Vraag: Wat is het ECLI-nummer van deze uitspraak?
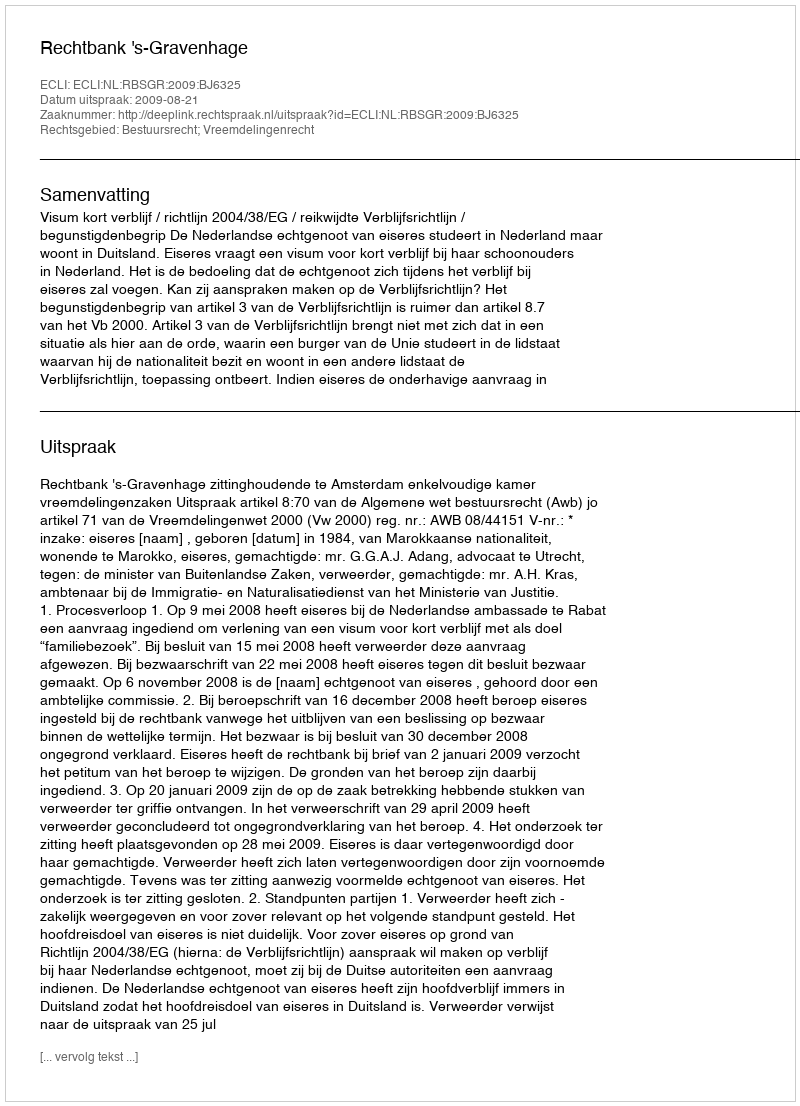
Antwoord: ECLI:NL:RBSGR:2009:BJ6325